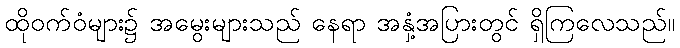
ထိုဝက်ဝံများ၌ အမွေးများသည် နေရာ အနှံ့အပြားတွင် ရှိကြလေသည်။